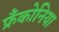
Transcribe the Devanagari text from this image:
फ्रँकोनिया